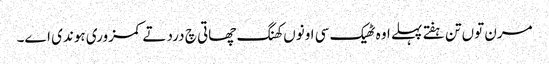
مرن توں تن ہفتے پہلے اوہ ٹھیک سی اونوں کھنگ چھاتی چ درد تے کمزوری ہوندی اے۔